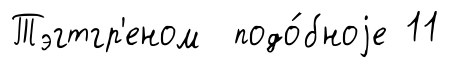
Тэгтгр'еном подо́бноjе 11